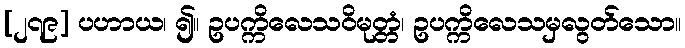
[၂၇၉] ပဟာယ၊ ၍။ ဥပက္ကိလေသဝိမုတ္တံ၊ ဥပက္ကိလေသမှလွတ်သော။